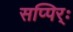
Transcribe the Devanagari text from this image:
सप्पिर्ः